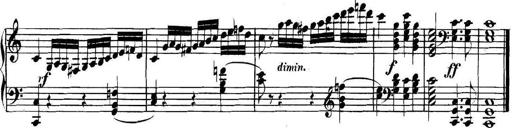
Title: Collected Piano Sonatas
Composer: Muzio Clementi